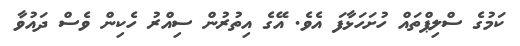
ކަމުގެ ސްލިޕްތައް ހުށަހަޅާފަ އެވެ. އޭގެ އިތުރުން ސިއްރު ހެކިން ވެސް ދައުވާ